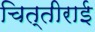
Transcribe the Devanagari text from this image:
चित्तीराई